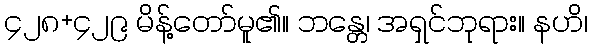
၄၂၈+၄၂၉ မိန့်တော်မူ၏။ ဘန္တေ၊ အရှင်ဘုရား။ နဟိ၊